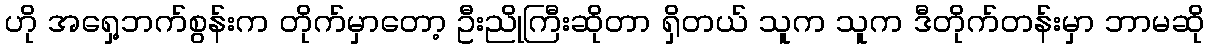
ဟို အရှေ့ဘက်စွန်းက တိုက်မှာတော့ ဦးညိုကြီးဆိုတာ ရှိတယ် သူက သူက ဒီတိုက်တန်းမှာ ဘာမဆို